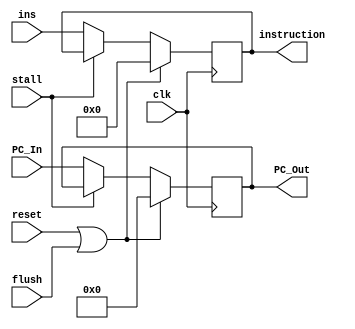
module IF_ID_Reg (
    input wire flush,
    input wire stall,
    input wire clk,
    input wire reset,
    input wire [63:0] PC_In,
    input wire [31:0] ins,
    output reg [63:0] PC_Out,
    output reg [31:0] instruction

);
    initial
    begin
        PC_Out = 0;
        instruction = 0;
    end
    
    always @(posedge clk) 
    begin
        if (reset || flush) 
        begin
            PC_Out = 0;
            instruction = 0;
        end
        else if (stall)
        begin
            PC_Out = PC_Out;
            instruction = instruction;
        end 
        else
        begin
            PC_Out = PC_In;
            instruction = ins; 
        end
    end
    
endmodule